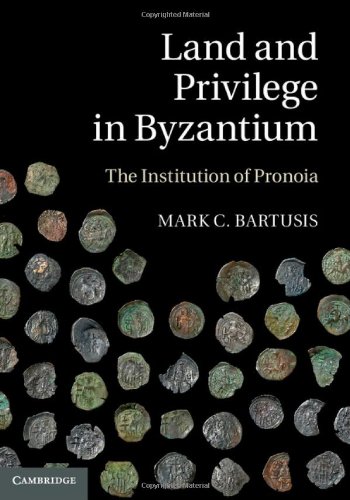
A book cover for Land and Privilege in Byzantium: The Institution of Pronoia; Mark C. Bartusis; Law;